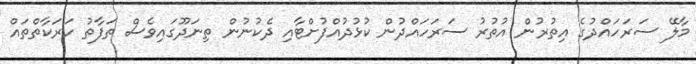
މާލޭ ސަރަހައްދުގެ އިތުރުން އުތުރު ސަރަހައްދުން ކުޅުދުއްފުށްޓާއި ދެކުނުން ތިނަދޫގައިވެސް ތަފާތު ހަރަކާތްތައް